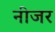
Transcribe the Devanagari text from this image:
नीजर